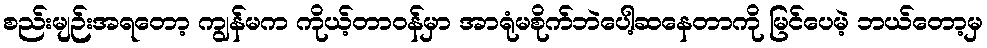
စည်းမျဉ်းအရတော့ ကျွန်မက ကိုယ့်တာဝန်မှာ အာရုံမစိုက်ဘဲပေါ့ဆနေတာကို မြင်ပေမဲ့ ဘယ်တော့မှ